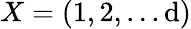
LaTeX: X=(1,2,\ldots\mathrm{d})